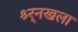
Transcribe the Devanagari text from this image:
श्र्र्नखला